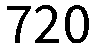
720